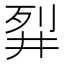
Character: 𬆓